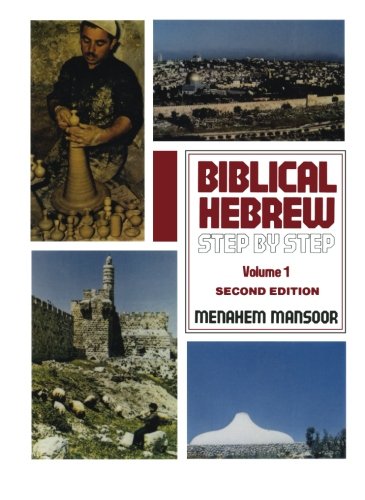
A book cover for Biblical Hebrew: Step by Step Volume. 1; Menahem Mansoor; Christian Books & Bibles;